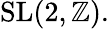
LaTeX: \mathrm{{SL}}(2,\mathbb{Z}).